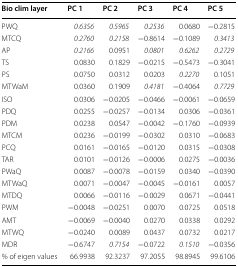
<table><thead><tr><td><b>Bio clim layer</b></td><td><b>PC 1</b></td><td><b>PC 2</b></td><td><b>PC 3</b></td><td><b>PC 4</b></td><td><b>PC 5</b></td></tr></thead><tbody><tr><td>PWQ</td><td><i>0.6356</i></td><td><i>0.5965</i></td><td><i>0.2536</i></td><td>0.0680</td><td>−0.2815</td></tr><tr><td>MTCQ</td><td><i>0.2760</i></td><td><i>0.2158</i></td><td>−0.8614</td><td>−0.1089</td><td><i>0.3413</i></td></tr><tr><td>AP</td><td><i>0.2166</i></td><td>0.0951</td><td><i>0.0801</i></td><td><i>0.6262</i></td><td><i>0.2729</i></td></tr><tr><td>TS</td><td>0.0830</td><td>0.1829</td><td>−0.0215</td><td>−0.5473</td><td>−0.3041</td></tr><tr><td>PS</td><td>0.0750</td><td>0.0312</td><td>0.0203</td><td><i>0.2270</i></td><td>0.1051</td></tr><tr><td>MTWaM</td><td>0.0360</td><td>0.1909</td><td><i>0.4181</i></td><td>−0.4064</td><td><i>0.7729</i></td></tr><tr><td>ISO</td><td>0.0306</td><td>−0.0205</td><td>−0.0466</td><td>−0.0061</td><td>−0.0659</td></tr><tr><td>PDQ</td><td>0.0255</td><td>−0.0257</td><td>−0.0134</td><td>0.0306</td><td>−0.0361</td></tr><tr><td>PDM</td><td>0.0238</td><td>0.0547</td><td>−0.0042</td><td>−0.1760</td><td>−0.0939</td></tr><tr><td>MTCM</td><td>0.0236</td><td>−0.0199</td><td>−0.0302</td><td>0.0310</td><td>−0.0683</td></tr><tr><td>PCQ</td><td>0.0161</td><td>−0.0165</td><td>−0.0120</td><td>0.0315</td><td>−0.0308</td></tr><tr><td>TAR</td><td>0.0101</td><td>−0.0126</td><td>−0.0006</td><td>0.0275</td><td>−0.0036</td></tr><tr><td>PWaQ</td><td>0.0087</td><td>−0.0078</td><td>−0.0159</td><td>0.0340</td><td>−0.0390</td></tr><tr><td>MTWaQ</td><td>0.0071</td><td>−0.0047</td><td>−0.0045</td><td>−0.0161</td><td>0.0057</td></tr><tr><td>MTDQ</td><td>0.0066</td><td>−0.0116</td><td>−0.0029</td><td>0.0671</td><td>−0.0441</td></tr><tr><td>PWM</td><td>−0.0048</td><td>−0.0251</td><td>0.0070</td><td>0.0725</td><td>0.0518</td></tr><tr><td>AMT</td><td>−0.0069</td><td>−0.0040</td><td>0.0270</td><td>0.0338</td><td>0.0292</td></tr><tr><td>MTWQ</td><td>−0.0240</td><td>0.0089</td><td>0.0437</td><td>0.0732</td><td>0.0217</td></tr><tr><td>MDR</td><td>−0.6747</td><td><i>0.7154</i></td><td>−0.0722</td><td><i>0.1510</i></td><td>−0.0356</td></tr><tr><td>% of eigen values</td><td>66.9938</td><td>92.3237</td><td>97.2055</td><td>98.8945</td><td>99.6106</td></tr></tbody></table>